Annual administration report of the Civil Veterinary Department of India - 1899-1900
Year: 1899
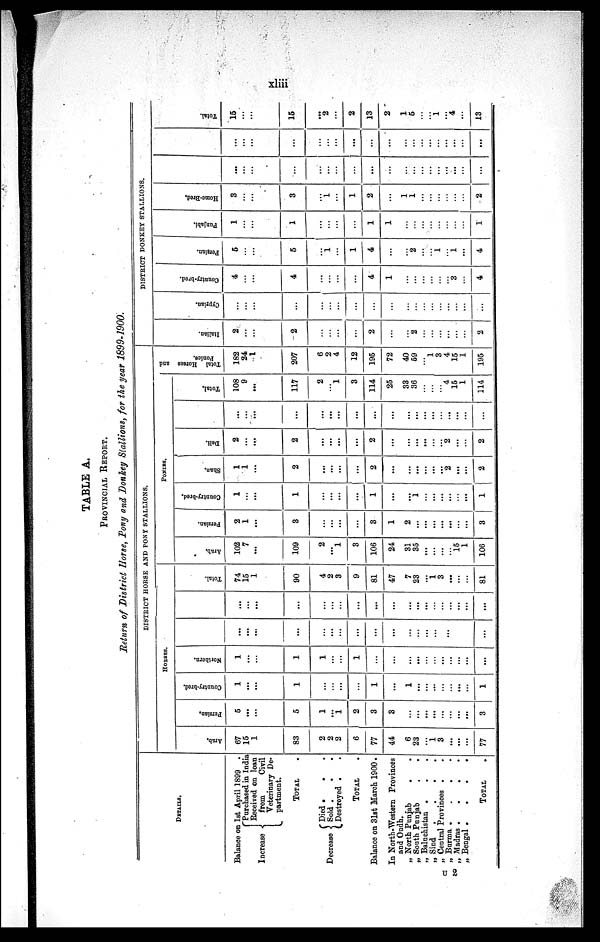
xliii
TABLE A.
PROVINCIAL REPORT.
Return of District Horse, Pony and Donkey Stallions, for the year 1899-1900.
DETAILS.
Balance on 1st April 1899 .
Increase
Decrease
Purchased in India
Received on loan
from
Civil
Veterinary De-
partment.
TOTAL .
Died . . .
Sold .
. .
Destroyed . .
TOTAL .
Balance on 31st March 1900.
In North-Western Provinces
and Oudh.
„ North Punjab . .
„ South Punjab
.
.
„ Baluchistan . . .
„ Sind .
.
.
.
„ Central Provinces . .
U „ Burma .
.
. .
2 „ Madras . . . .
„ Bengal .
.
.
.
TOTAL .
DISTRICT HORSE AND PONY STALLIONS.
HORSES.
Arab.
67
15
1
...
...
...
83
2
2
2
6
77
44
6
23
...
1
3
...
...
...
77
Persian.
5
...
...
...
...
...
0
1
...
1
2
3
3
...
...
......
...
...
...
...
...
3
Country-bred.
1
...
...
...
...
...
1
...
...
...
...
1
...
1
...
...
...
...
...
...
1
Northern.
1
...
......
...
...
...
1
1
...
...
1
...
...
...
...
...
...
...
...
...
...
...
...
...
...
...
...
...
...
...
...
...
...
...
...
...
...
...
...
...
...
...
...
...
...
...
...
...
...
...
...
...
...
...
...
...
...
...
...
...
...
...
...
... ...
...
Total.
74
15
1
...
...
...
90
4
2
3
9
81
47
7
23
...
1
3
...
... ...
81
PONIES.
Arab.
102
7
...
...
...
...
109
2
...
1
3
106
24
31
35
...
...
...
...
15
1
106
Persian.
2
1
...
...
...
...
3
...
...
...
...
3
1
2
...
...
...
...
...
... ...
3
Country-bred.
1
...
...
...
...
...
1
...
...
...
...
1
...
...
1
...
...
...
...
... ...
1
Shan.
1
1
...
...
...
...
2
...
...
...
...
2
...
...
...
...
...
...
2
... ...
2
Deli.
2
...
...
...
...
...
2
...
...
...
...
2
...
...
...
...
...
...
2
...
...
2
...
...
...
...
...
...
...
...
...
...
...
...
...
...
...
...
...
...
...
... ...
...
Total.
108
9
...
...
...
...
117
...2...
...
1
3
114
25
33
36
...
...
...
4
15
1
114
Total Horses and
Ponies.
182
24
1
...
...
...
207
6
2
4
12
195
72
40
59
...
1
3
4
15
1
195
DISTRICT DONKEY STALLIONS.
I t al i an.
2
...
...
...
...
...
2
...
...
...
...
2
...
...
2
...
...
...
...
...
2
Cypr i
an.
...
...
...
...
...
...
...
...
...
...
...
...
...
...
...
...
...
...
...
...
...
Count r
y- br e d.
4
...
...
...
...
...
4
...
...
...
...
4
1
...
...
...
...
...
...
3
...
4
Per si an.
5
...
...
...
...
...
5
...
1
...
1
4
...
...
2
1
...
1
...
4
Punj abi .
1
...
...
...
...
...
1
...
...
...
...
1
1
...
...
...
...
...
...
...
1
Ho me -
Br e d .
3
...
...
...
...
...
3
...
1
...
1
2
...
1
1
...
...
...
...
...
2
...
...
...
...
...
...
...
...
...
...
...
...
...
...
...
...
...
...
...
...
...
...
...
...
...
...
...
...
...
...
...
...
...
...
...
...
...
...
...
...
...
...
Tot al .
15
...
...
...
...
...
15
...
2
...
2
13
2
1
5
...
...
1
...
4
...
13